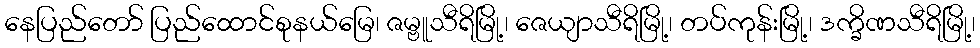
နေပြည်တော် ပြည်ထောင်စုနယ်မြေ၊ ဇမ္ဗူသီရိမြို့၊ ဇေယျာသီရိမြို့၊ တပ်ကုန်းမြို့၊ ဒက္ခိဏသီရိမြို့၊